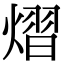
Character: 熠